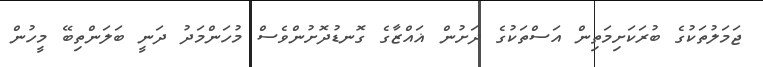
ޖަމަލުތަކުގެ ބުރަކަށިމަތިން އަސްތަކުގެ ދަށުން ޣައްޒާގެ ގޮނޑުދޮށުންވެސް މުހަންމަދު ދަނީ ބަލަންތިބޭ މީހުން